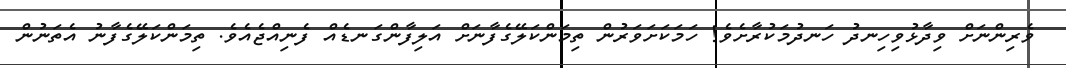
ވެރިންނަށް ވިދާޅުވިހިނދު ހަނދުމަކުރާށެވެ! ހަމަކަށަވަރުން ތިމަންކަލޭގެފާނަށް އަލިފާންގަނޑެއް ފެނިއްޖެއެވެ. ތިމަންކަލޭގެފާނު އެތަނުން